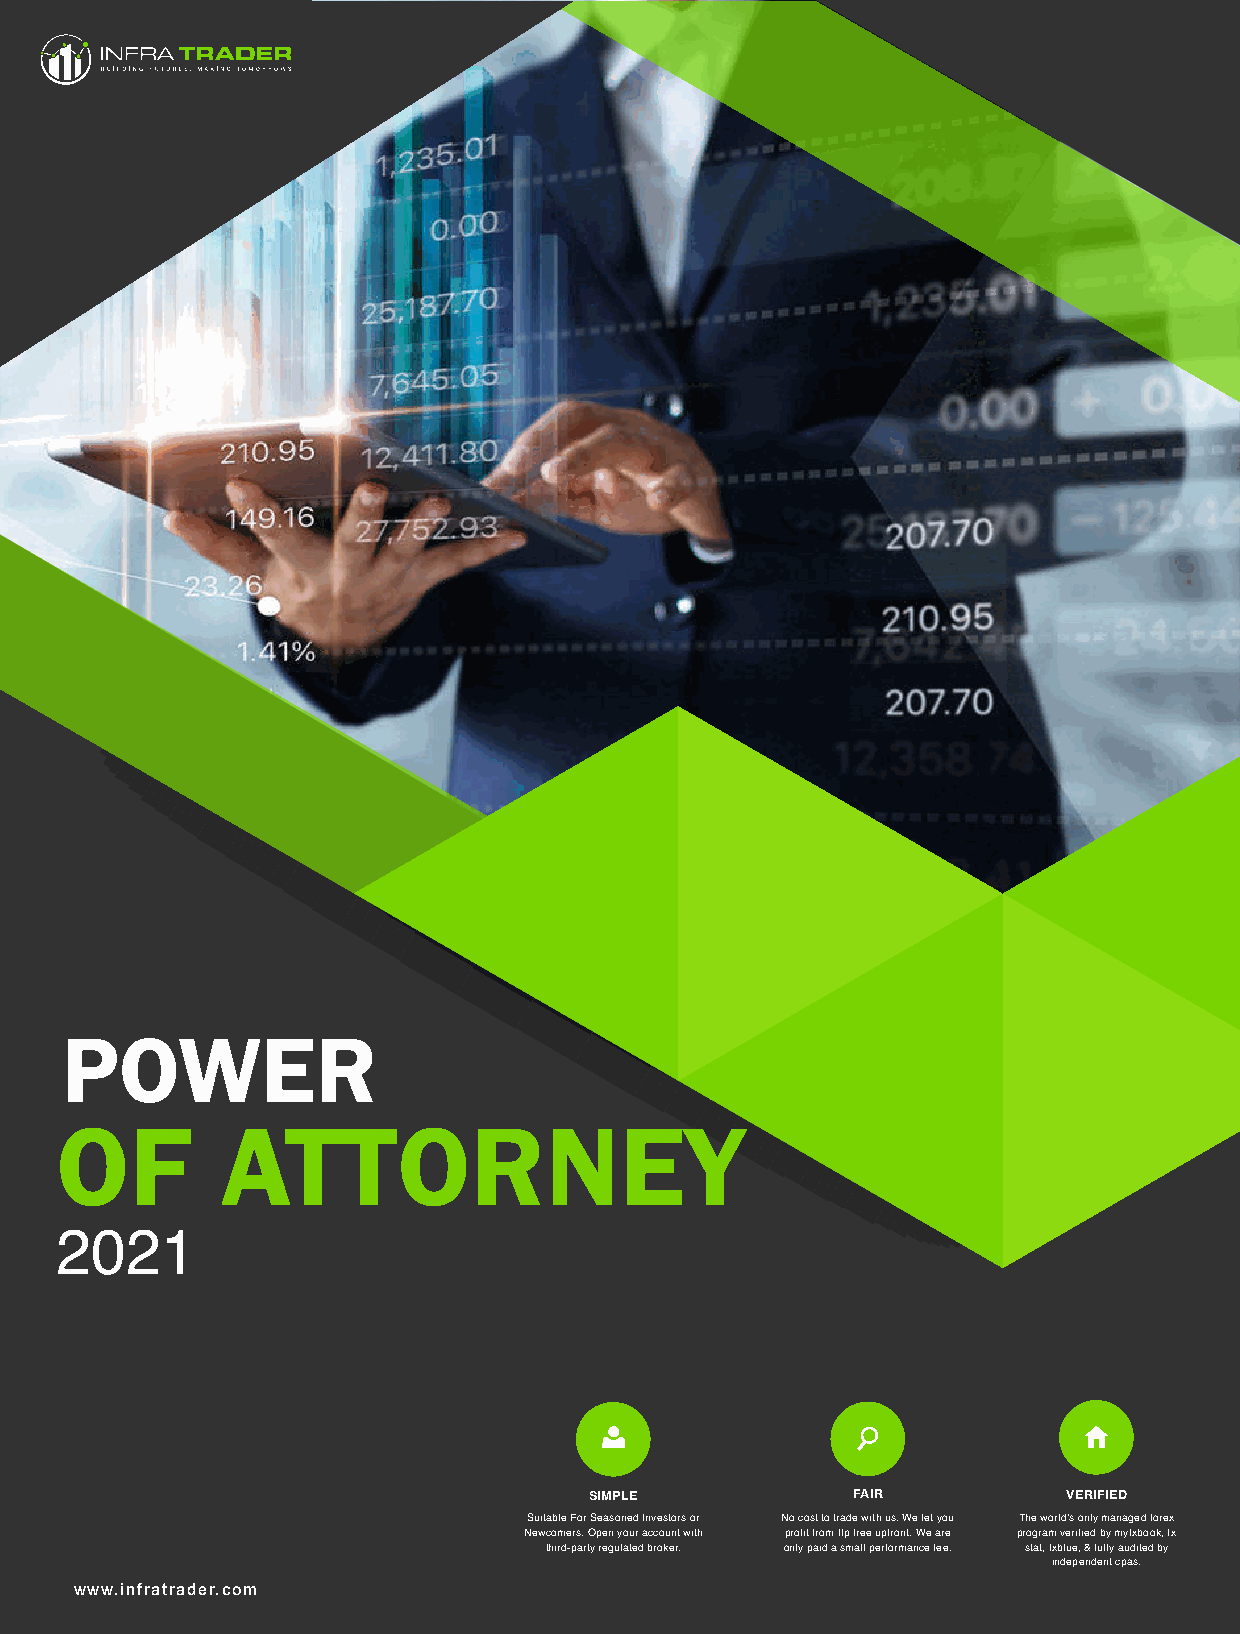
POWER
 OF         ATTORNEY
 2021
 SIMPLE           FAIR           VERIFIED
 Suitable For Seasoned Investors or No cost to trade with us. We let you The world’s only managed forex
 Newcomers. Open your account with profit from ffp free upfront. We are program verified by myfxbook, fx
 third-party regulated broker. only paid a small performance fee. stat, fxblue, & fully audited by
 independent cpas.
 www.infratrader.com